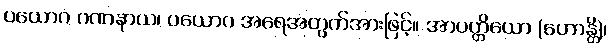
ပယောဂ ဂဏနာယ၊ ပယောဂ အရေအတွက်အားဖြင့်။ အာပတ္တိယော (ဟောန္တိ)၊